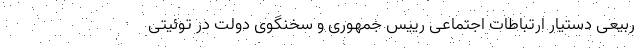
ربیعی دستیار ارتباطات اجتماعی رییس جمهوری و سخنگوی دولت در توئیتی